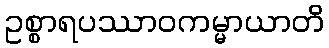
ဥစ္စာရပဿာဝကမ္မာယာတိ